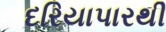
દરિયાપારથી